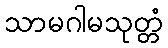
သာမဂါမသုတ္တံ